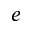
^ { e }